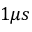
1 \mu s